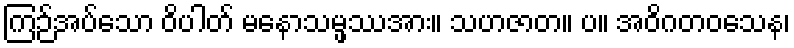
ကြဉ်အပ်သော ဝိပါတ် မနောသမ္ဖဿအား။ သဟဇာတ။ ပ။ အဝိဂတဝသေန၊